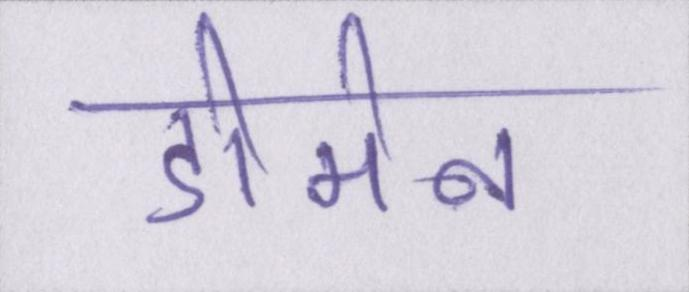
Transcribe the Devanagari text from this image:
डोमेन